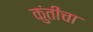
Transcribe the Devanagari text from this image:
कुंतीचा